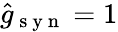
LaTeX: \hat{g}_{\mathrm{~s~y~n~}}=1